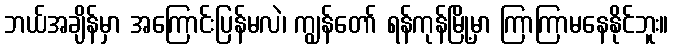
ဘယ်အချိန်မှာ အကြောင်းပြန်မလဲ၊ ကျွန်တော် ရန်ကုန်မြို့မှာ ကြာကြာမနေနိုင်ဘူး။